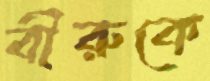
বীরুকে